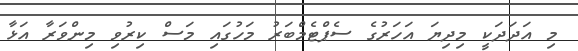
މި އަދަދަކީ މިދިޔަ އަހަރުގެ ސެޕްޓެމްބަރު މަހުގައި މަސް ކިރުވި މިންވަރާ އަޅާ